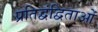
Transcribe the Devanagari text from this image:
प्रतिद्वंद्विताओं